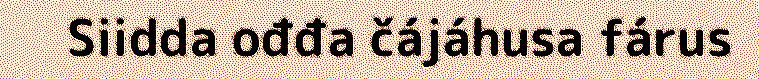
Siidda ođđa čájáhusa fárus